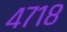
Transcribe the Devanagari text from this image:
४७१८